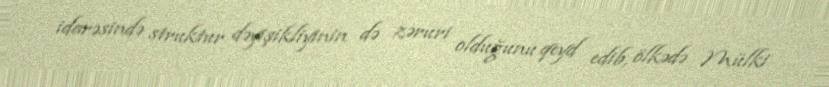
idarəsində struktur dəyişikliyinin də zəruri olduğunu qeyd edib, ölkədə Mülki